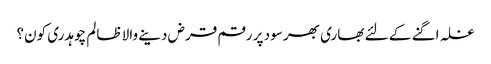
غلہ اگنے کے لئے بھاری بھر سود پر رقم قرض دینے والا ظالم چوہدری کون؟